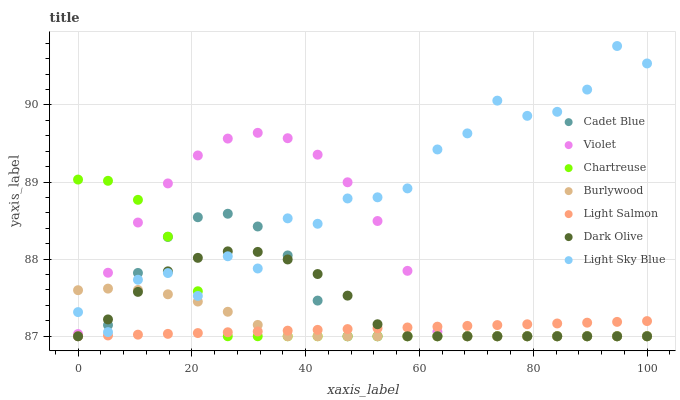
| xaxis_label | Cadet Blue | Violet | Chartreuse | Burlywood | Light Salmon | Dark Olive | Light Sky Blue |
 | --- | --- | --- | --- | --- | --- | --- | --- |
 | 0 | 87 | 87 | 89 | 87.6 | 87 | 87 | 87.3 |
 | 5.26 | 87.1 | 87.8 | 89 | 87.6 | 87 | 87.2 | 87.1 |
 | 10.5 | 87.8 | 88.5 | 88.8 | 87.6 | 87 | 87.6 | 87.7 |
 | 15.8 | 88.3 | 89 | 88.3 | 87.5 | 87 | 87.8 | 87.8 |
 | 21.1 | 88.5 | 89.3 | 87.6 | 87.5 | 87 | 88 | 87.5 |
 | 26.3 | 88.6 | 89.6 | 87 | 87.3 | 87.1 | 88.1 | 88 |
 | 31.6 | 88.4 | 89.6 | 87 | 87.1 | 87.1 | 88.1 | 87.9 |
 | 36.8 | 88 | 89.6 | 87 | 87 | 87.1 | 88 | 88.5 |
 | 42.1 | 87.5 | 89.4 | 87 | 87 | 87.1 | 87.8 | 88.5 |
 | 47.4 | 87 | 89 | 87 | 87 | 87.1 | 87.5 | 88.8 |
 | 52.6 | 87 | 88.5 | 87 | 87 | 87.1 | 87.2 | 88.8 |
 | 57.9 | 87 | 87.8 | 87 | 87 | 87.1 | 87 | 88.9 |
 | 63.2 | 87 | 87.1 | 87 | 87 | 87.1 | 87 | 89.4 |
 | 68.4 | 87 | 87 | 87 | 87 | 87.1 | 87 | 89.6 |
 | 73.7 | 87 | 87 | 87 | 87 | 87.1 | 87 | 90.1 |
 | 78.9 | 87 | 87 | 87 | 87 | 87.2 | 87 | 89.9 |
 | 84.2 | 87 | 87 | 87 | 87 | 87.2 | 87 | 89.9 |
 | 89.5 | 87 | 87 | 87 | 87 | 87.2 | 87 | 90.2 |
 | 94.7 | 87 | 87 | 87 | 87 | 87.2 | 87 | 90.8 |
 | 100 | 87 | 87 | 87 | 87 | 87.2 | 87 | 90.5 |